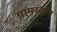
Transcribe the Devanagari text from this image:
ग्रामस्तांन